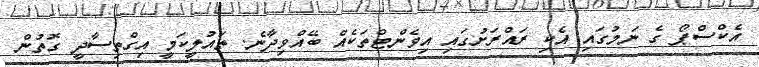
އެކްސްޕޯ ގެ ނަމުގައި އެކި ރައްރަށުގައި އިވެންޓްތަކެއް ބޭއްވިދާނެ. ތައުލީކަމީ އިގްތިސާދީ ގޮތުން